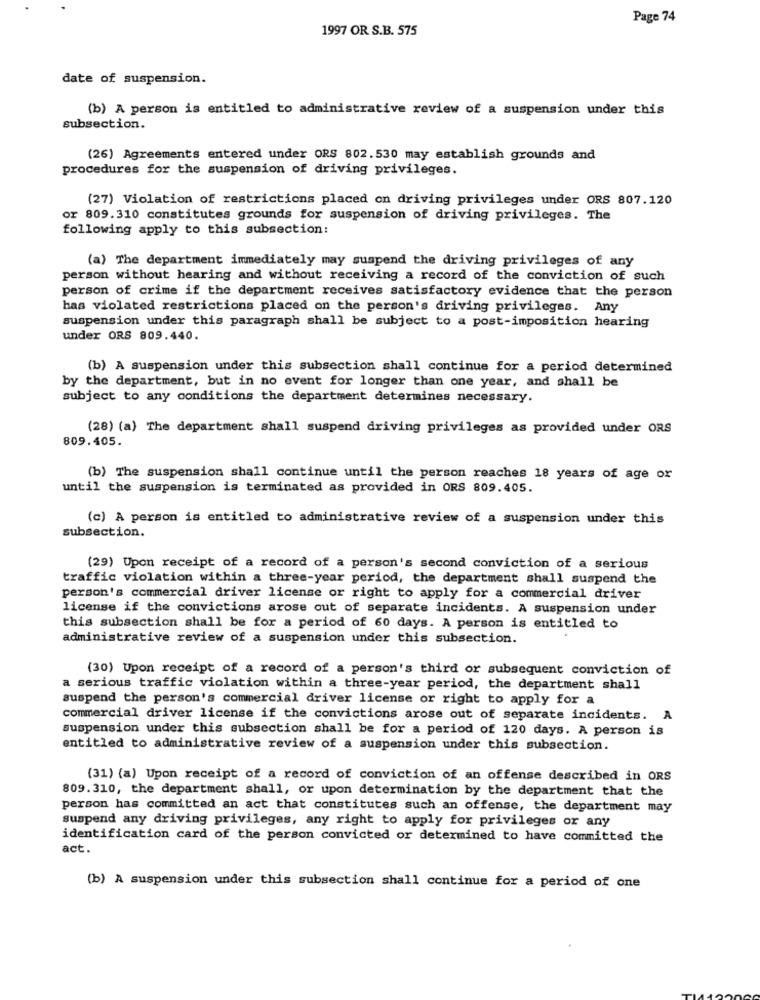
Page 74
1997 OR S.B. 575
date of suspension.
(b) A person is entitled to administrative review of a suspension under this
subsection.
(26) Agreements entered under ORS 802.530 may establish grounds and
procedures for the suspension of driving privileges.
(27) Violation of restrictions placed on driving privileges under ORS 807.120
or 809.310 constitutes grounds for suspension of driving privileges. The
following apply to this subsection:
(a) The department immediately may suspend the driving privileges of any
person without hearing and without receiving a record of the conviction of such
person of crime if the department receives satisfactory evidence that the person
has violated restrictions placed on the person's driving privileges. Any
suspension under this paragraph shall be subject to a post-imposition hearing
under ORS 809.440.
(b) A suspension under this subsection shall continue for a period determined
by the department, but in no event for longer than one year, and shall be
subject to any conditions the department determines necessary.
(28) (a) The department shall suspend driving privileges as provided under ORS
809.405.
(b) The suspension shall continue until the person reaches 18 years of age or
until the suspension is terminated as provided in ORS 809.405.
(c) A person is entitled to administrative review of a suspension under this
subsection.
(29) Upon receipt of a record of a person's second conviction of a serious
traffic violation within a three-year period, the department shall suspend the
person's commercial driver license or right to apply for a commercial driver
license if the convictions arose out of separate incidents. A suspension under
this subsection shall be for a period of 60 days. A person is entitled to
administrative review of a suspension under this subsection.
(30) Upon receipt of a record of a person's third or subsequent conviction of
a serious traffic violation within a three-year period, the department shall
suspend the person's commercial driver license or right to apply for a
commercial driver license if the convictions arose out of separate incidents. A
suspension under this subsection shall be for a period of 120 days. A person is
entitled to administrative review of a suspension under this subsection.
(31) (a) Upon receipt of a record of conviction of an offense described in ORS
809.310, the department shall, or upon determination by the department that the
person has committed an act that constitutes such an offense, the department may
suspend any driving privileges, any right to apply for privileges or any
identification card of the person convicted or determined to have committed the
act.
(b) A suspension under this subsection shall continue for a period of one